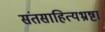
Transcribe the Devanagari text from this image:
संतसाहित्यभ्रष्टा